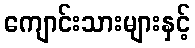
ကျောင်းသားများနှင့်